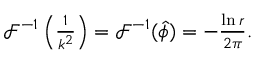
\begin{array} { r } { \mathcal { F } ^ { - 1 } \left( \frac { 1 } { k ^ { 2 } } \right) = \mathcal { F } ^ { - 1 } ( \hat { \phi } ) = - \frac { \ln { r } } { 2 \pi } . } \end{array}